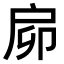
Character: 𢨺